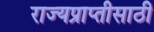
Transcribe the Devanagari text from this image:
राज्यप्राप्तीसाठी